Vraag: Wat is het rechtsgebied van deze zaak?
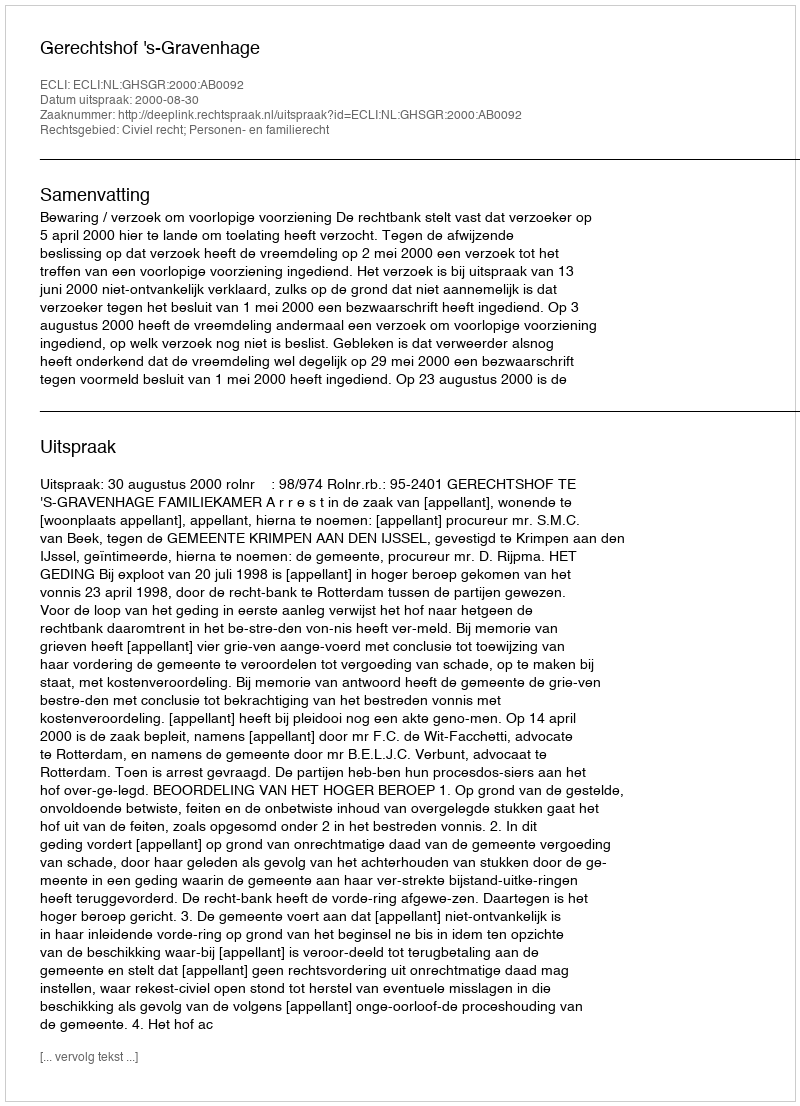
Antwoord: Civiel recht; Personen- en familierecht